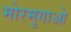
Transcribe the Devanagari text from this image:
मोरमुगाओ